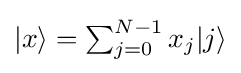
{\textstyle |x\rangle =\sum _{j=0}^{N-1}x_{j}|j\rangle }